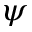
\psi